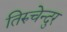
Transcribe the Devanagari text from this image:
तिरुचेन्दुर